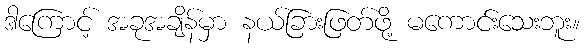
ဒါကြောင့် အခုအချိန်မှာ နယ်ခြားဖြတ်ဖို့ မကောင်းသေးဘူး။